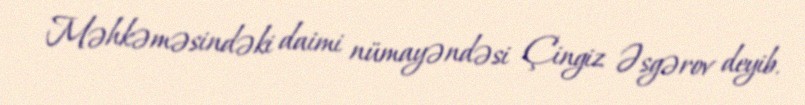
Məhkəməsindəki daimi nümayəndəsi Çingiz Əsgərov deyib.